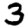
Digit: 3